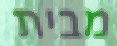
מבית